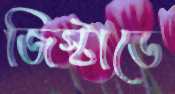
জিস্টাডে